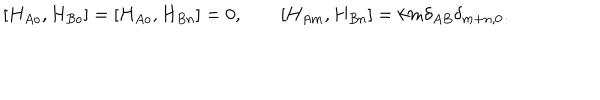
LaTeX: [ H _ { A o } , H _ { B o } ] = [ H _ { A o } , H _ { B n } ] = 0 , \qquad [ H _ { A m } , H _ { B n } ] = k m \delta _ { A B } \delta _ { m + n , 0 } .